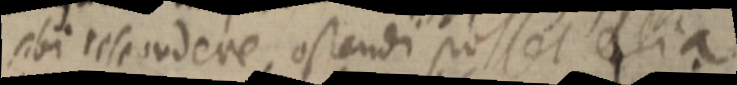
sibi respondere, ostendi posset alia